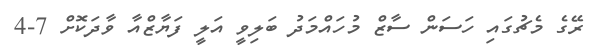
ރޭގެ މެޗުގައި ހަސަން ސާޒް މުހައްމަދު ބަލިވީ އަލީ ފަޔާޒްއާ ވާދަކޮށް 7-4